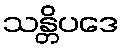
သန္တိပဒေ